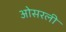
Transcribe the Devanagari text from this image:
ओसरली